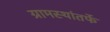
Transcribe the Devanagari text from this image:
ग्रामस्थांतर्फे